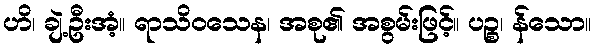
ဟိ၊ ချဲ့ဦးအံ့။ ရာသိဝသေန၊ အစု၏ အစွမ်းဖြင့်။ ပဉ္စ၊ န်သော။